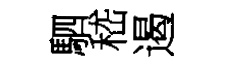
駟嵇遏